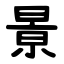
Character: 㬌